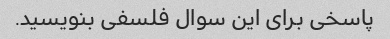
پاسخی برای این سوال فلسفی بنویسید.